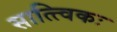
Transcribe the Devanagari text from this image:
सात्त्विकः